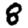
Digit: 8